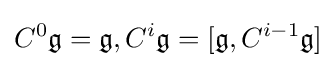
C^{0}{\mathfrak {g}}={\mathfrak {g}},C^{i}{\mathfrak {g}}=[{\mathfrak {g}},C^{i-1}{\mathfrak {g}}]